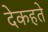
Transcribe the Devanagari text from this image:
देकहते